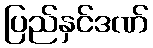
ပြည်နှင်ဒဏ်